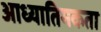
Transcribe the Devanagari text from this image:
आध्यातिमकता